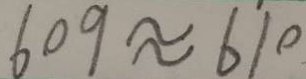
6 0 9 \approx 6 1 0